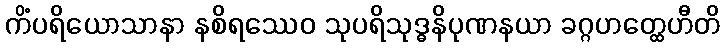
ကိံပရိယောသာနာ နစိရဿေဝ သုပရိသုဒ္ဓနိပုဏနယာ ခဂ္ဂဟတ္ထေဟီတိ